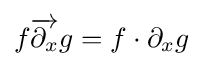
f{\overrightarrow {\partial _{x}}}g=f\cdot \partial _{x}g